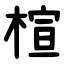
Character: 楦